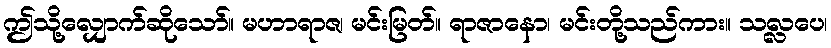
ဤသို့လျှောက်ဆိုသော်။ မဟာရာဇ၊ မင်းမြတ်။ ရာဇာနော၊ မင်းတို့သည်ကား။ သလ္လပေ၊